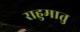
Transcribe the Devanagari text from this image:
राहुमातु